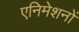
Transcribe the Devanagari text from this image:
एनिमेशनों